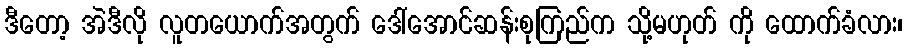
ဒီတော့ အဲဒီလို လူတယောက်အတွက် ဒေါ်အောင်ဆန်းစုကြည်က သို့မဟုတ် ကို ထောက်ခံလား၊